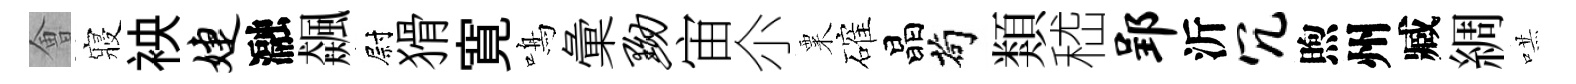
㑹寢䘧婕瀜飆尉猾寛鳴彙黝宙尒粟確晶茍類嵇郢沂冗煦州臧綢哄